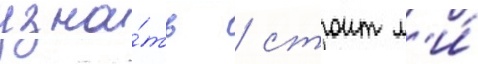
узна́ть / стоит л'и́